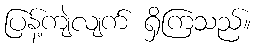
ပြန့်ကျဲလျက် ရှိကြသည်။